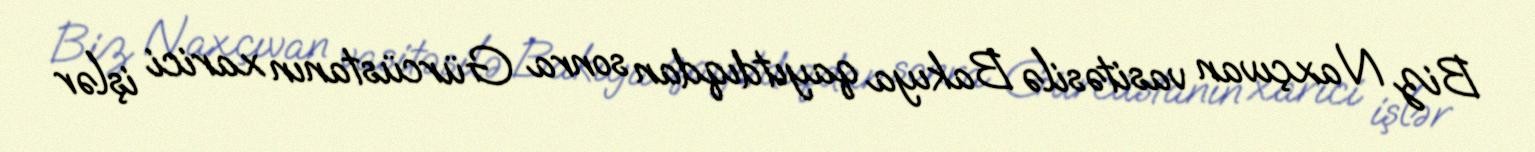
Biz Naxçıvan vasitəsilə Bakıya qayıtdıqdan sonra Gürcüstanın xarici işlər